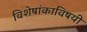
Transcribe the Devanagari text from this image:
विशेषांकाविषयी